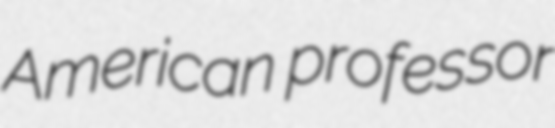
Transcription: American professor